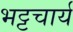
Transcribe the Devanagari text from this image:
भट्टचार्य